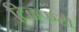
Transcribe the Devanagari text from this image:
टिळकही